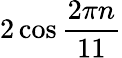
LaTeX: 2\cos{\frac{2\pi n}{11}}